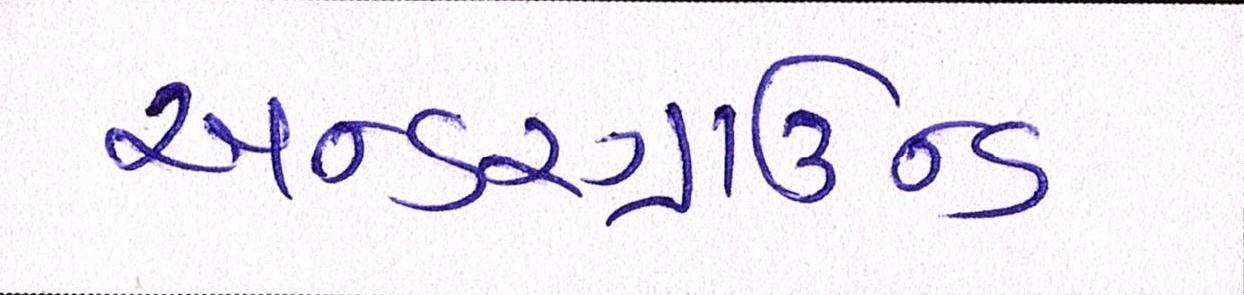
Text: અન્ડરગ્રાઉન્ડ